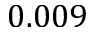
0 . 0 0 9